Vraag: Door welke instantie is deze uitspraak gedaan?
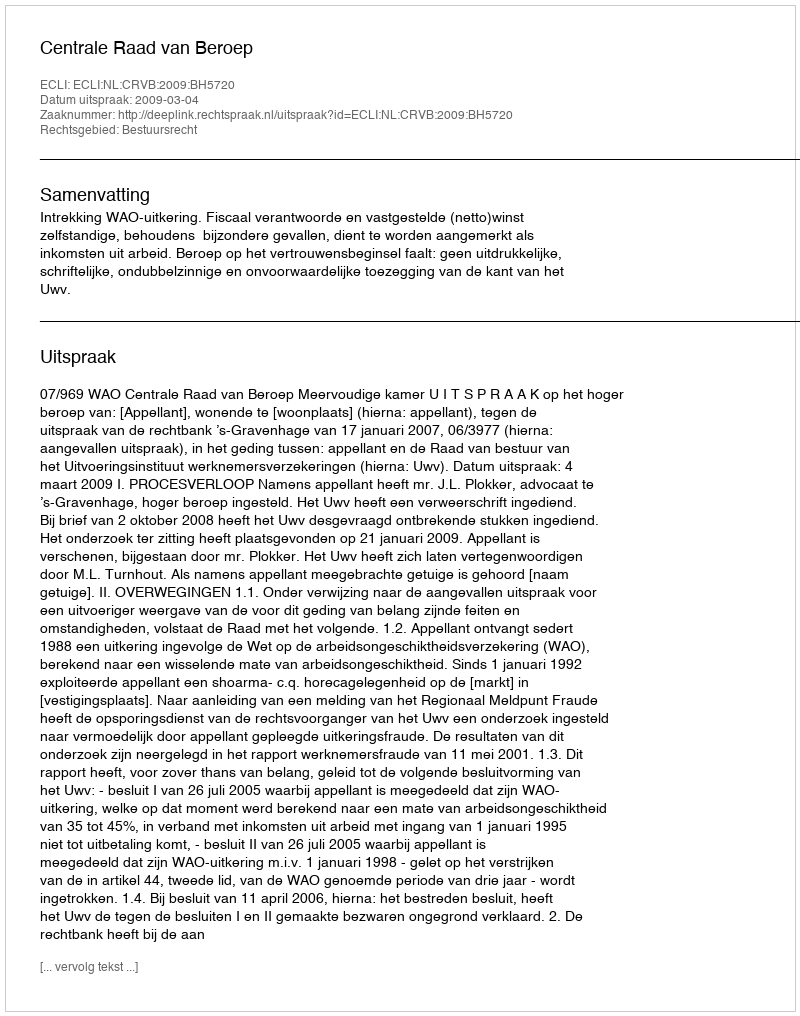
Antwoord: Centrale Raad van Beroep